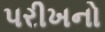
પરીખનો